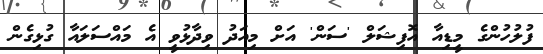
ފުލުހުންގެ މީޑިއާ އޮފިޝަލް 'ސަން' އަށް މިއަދު ވިދާޅުވީ އެ މައްސަލައާ ގުޅިގެން